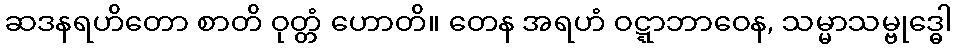
ဆဒနရဟိတော စာတိ ဝုတ္တံ ဟောတိ။ တေန အရဟံ ဝဋ္ဋာဘာဝေန, သမ္မာသမ္ဗုဒ္ဓေါ